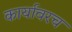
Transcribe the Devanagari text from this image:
कार्यावरच